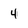
Character: 4